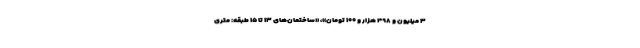
۳ میلیون و ۴۹۸ هزار و ۱۰۰ تومان»، «ساختمان‌های ۱۳ تا ۱۵ طبقه: متری